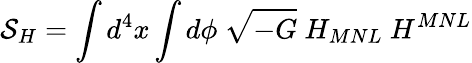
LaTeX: {\cal S}_{H}=\int d^{4}x\int d\phi~\sqrt{-G}~H_{MNL}~H^{MNL}